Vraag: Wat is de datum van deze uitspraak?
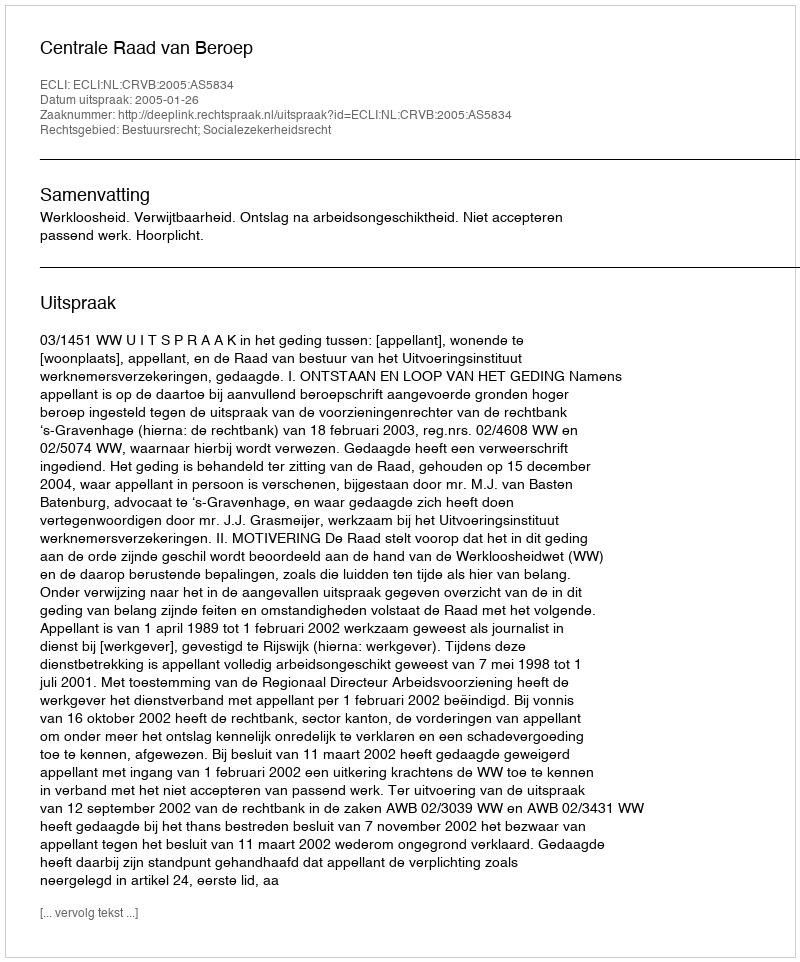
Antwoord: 2005-01-26